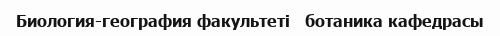
Биология-география факультеті   ботаника кафедрасы